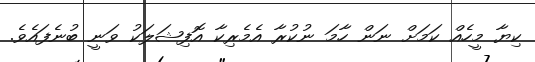
ކިޔާ މީހެއް ކަމަށް ނަން ހާމަ ނުކުރާ އެމެރިކާ އޮފިޝަލަކު ވަނީ ބުނެފައެވެ.